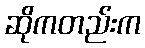
ဆိုကတည်းက